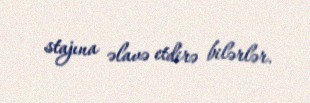
stajına əlavə etdirə bilərlər.